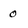
Character: 0